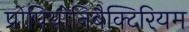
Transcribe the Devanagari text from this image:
प्रोपियोनिबैक्टिरियम